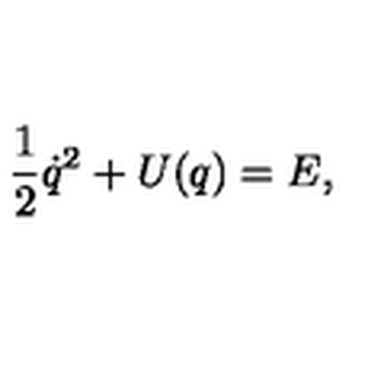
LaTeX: { \frac 1 2 } { \dot { q } } ^ { 2 } + U ( q ) = { E } ,